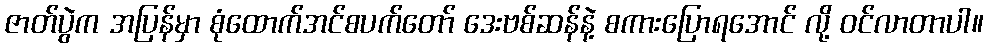
ဇာတ်ပွဲက အပြန်မှာ စုံထောက်အင်စပက်တော် ဒေးဗစ်ဆန်နဲ့ စကားပြောရအောင် လို့ ဝင်လာတာပါ။